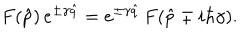
F ( \hat { p } ) \, e ^ { \pm \gamma \hat { q } } = e ^ { \pm \gamma \hat { q } } \, F ( \hat { p } \mp i \hbar \gamma ) .